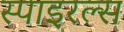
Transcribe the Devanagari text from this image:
स्पाइरल्स